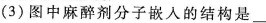
(3)图中麻醉剂分子嵌入的结构是。